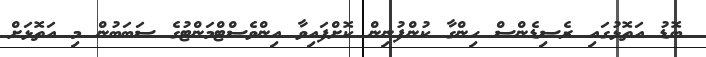
ބޮޑު އަތޮޅުގައި ރެސިޑެންސް ހިންގާ ކުންފުނިން ކޮށްފައިވާ އިންވެސްޓްމަންޓުގެ ސަބަބުން މި އަތޮޅަށް